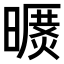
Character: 𣊥